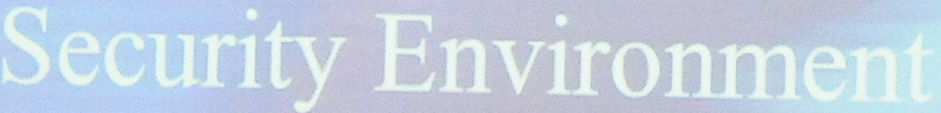
Security Environment